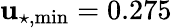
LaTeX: \mathbf{u}_{\star,\mathrm{{min}}}=0.275